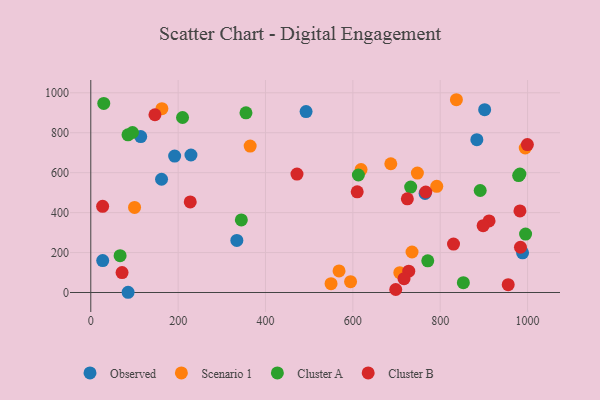
{"axis": {"x": "Ad Spend", "y": "Sales"}, "legend": ["Cluster A", "Cluster B", "Observed", "Scenario 1"], "data": [{"x": "988.6", "y": 198.9, "type": "Observed"}, {"x": "334.4", "y": 260.8, "type": "Observed"}, {"x": "883.9", "y": 765.4, "type": "Observed"}, {"x": "765.4", "y": 496.0, "type": "Observed"}, {"x": "114.3", "y": 781.0, "type": "Observed"}, {"x": "192.0", "y": 683.2, "type": "Observed"}, {"x": "27.3", "y": 159.8, "type": "Observed"}, {"x": "492.9", "y": 906.2, "type": "Observed"}, {"x": "85.4", "y": 1.2, "type": "Observed"}, {"x": "229.3", "y": 688.5, "type": "Observed"}, {"x": "162.0", "y": 567.1, "type": "Observed"}, {"x": "901.8", "y": 915.4, "type": "Observed"}, {"x": "707.5", "y": 99.5, "type": "Scenario 1"}, {"x": "594.8", "y": 54.2, "type": "Scenario 1"}, {"x": "550.1", "y": 44.1, "type": "Scenario 1"}, {"x": "747.8", "y": 597.9, "type": "Scenario 1"}, {"x": "792.1", "y": 531.5, "type": "Scenario 1"}, {"x": "162.8", "y": 920.7, "type": "Scenario 1"}, {"x": "364.9", "y": 733.2, "type": "Scenario 1"}, {"x": "735.5", "y": 202.9, "type": "Scenario 1"}, {"x": "618.8", "y": 615.4, "type": "Scenario 1"}, {"x": "568.4", "y": 108.2, "type": "Scenario 1"}, {"x": "837.1", "y": 965.3, "type": "Scenario 1"}, {"x": "100.2", "y": 425.8, "type": "Scenario 1"}, {"x": "686.9", "y": 644.8, "type": "Scenario 1"}, {"x": "994.7", "y": 723.7, "type": "Scenario 1"}, {"x": "853.0", "y": 49.1, "type": "Cluster A"}, {"x": "982.5", "y": 592.9, "type": "Cluster A"}, {"x": "355.3", "y": 899.9, "type": "Cluster A"}, {"x": "995.5", "y": 292.8, "type": "Cluster A"}, {"x": "67.1", "y": 184.4, "type": "Cluster A"}, {"x": "344.7", "y": 363.4, "type": "Cluster A"}, {"x": "979.6", "y": 585.7, "type": "Cluster A"}, {"x": "732.4", "y": 527.8, "type": "Cluster A"}, {"x": "85.2", "y": 789.5, "type": "Cluster A"}, {"x": "771.5", "y": 158.9, "type": "Cluster A"}, {"x": "29.7", "y": 946.9, "type": "Cluster A"}, {"x": "612.7", "y": 588.3, "type": "Cluster A"}, {"x": "891.6", "y": 510.9, "type": "Cluster A"}, {"x": "210.1", "y": 876.3, "type": "Cluster A"}, {"x": "95.5", "y": 801.3, "type": "Cluster A"}, {"x": "911.9", "y": 358.5, "type": "Cluster B"}, {"x": "830.5", "y": 242.4, "type": "Cluster B"}, {"x": "955.7", "y": 39.5, "type": "Cluster B"}, {"x": "146.9", "y": 890.0, "type": "Cluster B"}, {"x": "724.8", "y": 469.1, "type": "Cluster B"}, {"x": "767.0", "y": 503.4, "type": "Cluster B"}, {"x": "227.7", "y": 453.4, "type": "Cluster B"}, {"x": "999.6", "y": 740.7, "type": "Cluster B"}, {"x": "983.8", "y": 226.6, "type": "Cluster B"}, {"x": "982.6", "y": 408.3, "type": "Cluster B"}, {"x": "71.6", "y": 99.6, "type": "Cluster B"}, {"x": "728.0", "y": 106.6, "type": "Cluster B"}, {"x": "898.3", "y": 334.8, "type": "Cluster B"}, {"x": "472.1", "y": 593.0, "type": "Cluster B"}, {"x": "698.2", "y": 15.2, "type": "Cluster B"}, {"x": "717.2", "y": 69.4, "type": "Cluster B"}, {"x": "27.1", "y": 431.8, "type": "Cluster B"}, {"x": "610.0", "y": 504.2, "type": "Cluster B"}]}